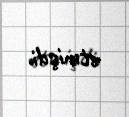
etmişdi.